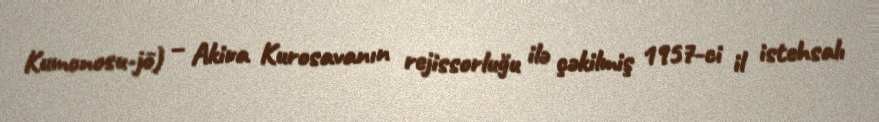
Kumonosu-jō) – Akira Kurosavanın rejissorluğu ilə çəkilmiş 1957-ci il istehsalı